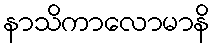
နာသိကာလောမာနိ